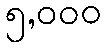
၅,၀၀၀